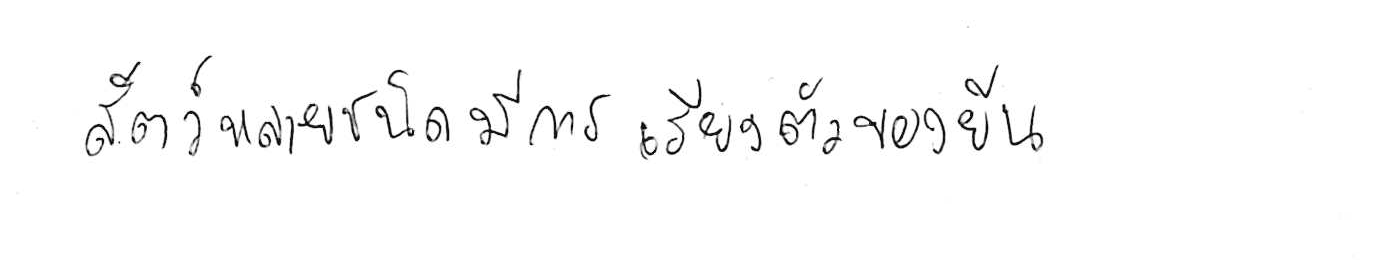
สัตว์หลายชนิดมีการเรียงตัวของยีน